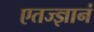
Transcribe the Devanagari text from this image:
एतज्ज्ञानं